system: You are a helpful assistant.
user:
Analyze the provided spectrum to determine if it is a **"Cataclysmic Variables (CV)"**.

- **Key Indicators for CV (Check for either state):**
    - **State 1: Quiescent / Low-State (Emission-Dominated)**
        - **(Primary):** Strong and *very broad* Hydrogen Balmer emission lines (e.g., $H\alpha$ at 6563 Å, $H\beta$ at 4861 Å). The 'broadness' (high velocity dispersion, often FWHM > 1000 km/s) is the key diagnostic, indicating a high-velocity accretion disk.
        - **(Secondary):** Broad neutral Helium (He I) emission lines (e.g., 5876 Å, 6678 Å).
        - **(Key Confirmation):** Presence of high-excitation *ionized* Helium (He II) emission at 4686 Å. This is a strong indicator of accretion onto a white dwarf.
        - **(Line Profile):** Emission lines may exhibit a 'double-peaked' profile, which is a classic signature of a rotating accretion disk viewed at high inclination.

    - **State 2: Outburst / High-State (Absorption-Dominated)**
        - **(Primary):** Spectrum is dominated by a bright, blue continuum (looks like a hot star).
        - **(Secondary):** The emission lines from State 1 are weak, absent, or 'filled in', and are replaced by broad, shallow *absorption* lines (primarily Balmer and He I).
        - **(Morphology):** The overall spectrum mimics a hot B/A-type star. The crucial difference is that the absorption lines are significantly broader, shallower, and more 'washed-out' (or 'smeared') than the sharp lines of a normal stellar photosphere, due to high rotational speeds and pressure broadening in the disk.

Think first, call **spectral_visualization_tool** if needed to examine features in detail, then provide your final answer. Your response must adhere to the following strict rules:
1.  **Overall Structure:** Your response must follow the format `<think>...</think> <tool_call>...</tool_call> (if a tool is used) <answer>...</answer>`.
2.  **Tool Usage Constraint:** You may only make **one** tool call per turn.
3.  **Final Answer Format:** In the `<answer>` tag, your conclusion must be inside a `\boxed{}` command (e.g., `\boxed{YES}`), followed by your justification.

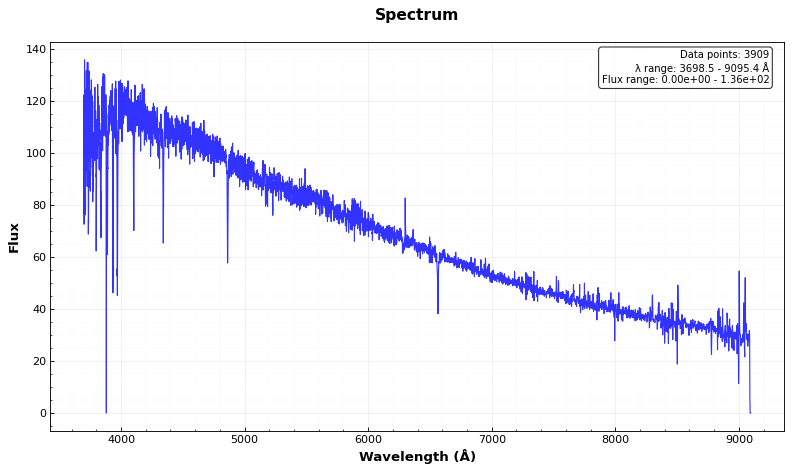
Answer: NO